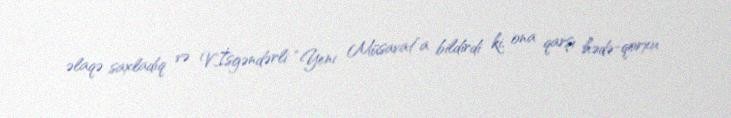
əlaqə saxladıq və V.İsgəndərli “Yeni Müsavat”a bildirdi ki, ona qarşı hədə-qorxu